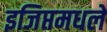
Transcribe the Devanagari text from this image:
इजिप्तमधले